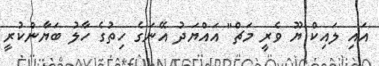
އައި ލައިކް ޔޫ ވެރީ މަޗް" އައްޔަދު އޭނަގެ ހިތުގެ ހާލު ބަޔާންކުރީ